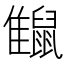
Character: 𪕪